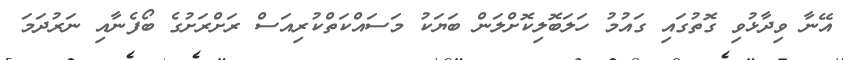
އޭނާ ވިދާޅުވި ގޮތުގައި ގައުމު ހަލަބޮލިކޮށްލަން ބަޔަކު މަސައްކަތްކުރިއަސް ރަށްރަށުގެ ބޯފެނާއި ނަރުދަމަ